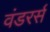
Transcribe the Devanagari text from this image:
वंडरर्स